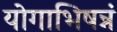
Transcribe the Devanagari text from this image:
योगाभिषन्नं